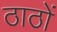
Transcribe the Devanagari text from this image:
ठाठों